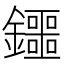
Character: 鑩